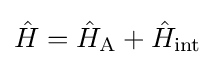
{\hat {H}}={\hat {H}}_{\mathrm {A} }+{\hat {H}}_{\mathrm {int} }